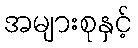
အများစုနှင့်